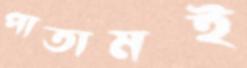
পাতামই